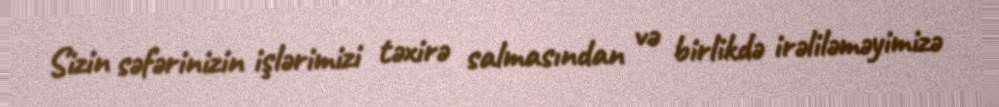
Sizin səfərinizin işlərimizi təxirə salmasından və birlikdə irəliləməyimizə